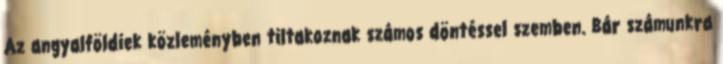
Az angyalföldiek közleményben tiltakoznak számos döntéssel szemben. Bár számunkra